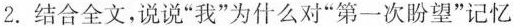
2.结合全文，说说”我”为什么对”第一次盼望”记忆